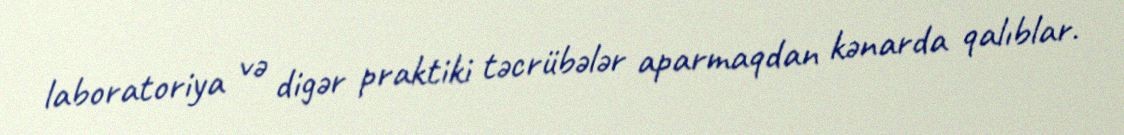
laboratoriya və digər praktiki təcrübələr aparmaqdan kənarda qalıblar.